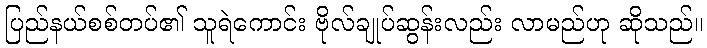
ပြည်နယ်စစ်တပ်၏ သူရဲကောင်း ဗိုလ်ချုပ်ဆွန်းလည်း လာမည်ဟု ဆိုသည်။